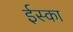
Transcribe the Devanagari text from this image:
ईस्का